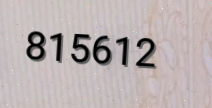
815612